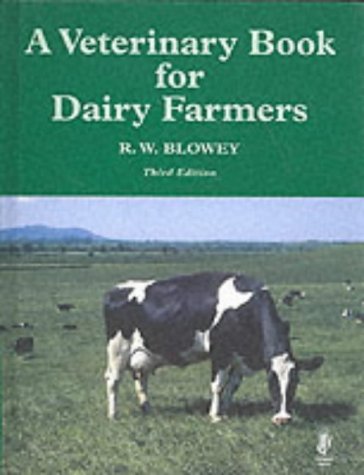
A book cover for Veterinary Book for Dairy Farmers (3rd Ed); Roger Blowey; Medical Books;